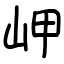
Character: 岬